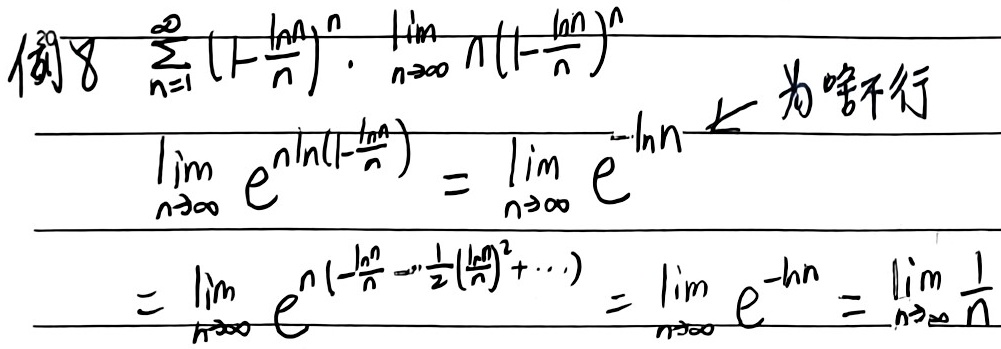
例8 \(\sum_{n = 1}^{\infty}(1-\frac{\ln n}{n})^{n}\)，\(\lim_{n\rightarrow\infty}\prod(1 - \frac{\ln n}{n})^{n}\)

\[
\begin{align*}
&\lim_{n\rightarrow\infty}e^{n\ln(1-\frac{\ln n}{n})}=\lim_{n\rightarrow\infty}e^{-\ln n}\quad\text{为啥不行}\\
=&\lim_{n\rightarrow\infty}e^{n(-\frac{\ln n}{n}-\frac{1}{2}(\frac{\ln n}{n})^{2}+\cdots)}=\lim_{n\rightarrow\infty}e^{-\ln n}=\lim_{n\rightarrow\infty}\frac{1}{n}
\end{align*}
\]